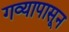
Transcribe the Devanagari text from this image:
गव्यापासून